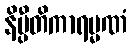
နိပ္ပီတိကာရမ္မဏံ